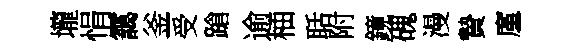
壠悁靄釜受蹌逾柚聒附鏡磈漫贄廑